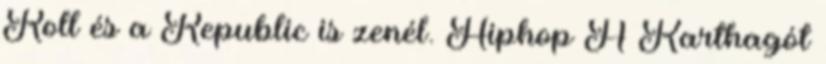
Roll és a Republic is zenél. Hiphop A Karthagót